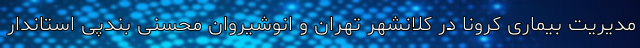
مدیریت بیماری کرونا در کلانشهر تهران و انوشیروان محسنی بندپی استاندار